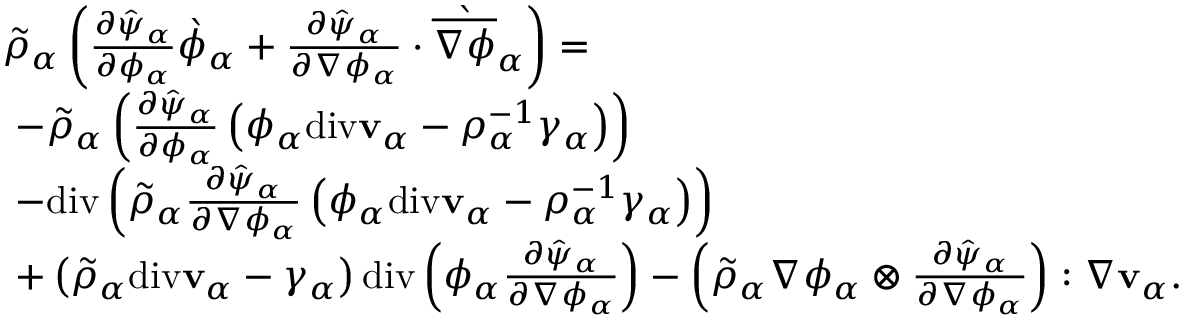
\begin{array} { r l } & { \tilde { \rho } _ { \alpha } \left( \frac { \partial \hat { \psi } _ { \alpha } } { \partial \phi _ { \alpha } } \grave { \phi } _ { \alpha } + \frac { \partial \hat { \psi } _ { \alpha } } { \partial \nabla \phi _ { \alpha } } \cdot \grave { \overline { { \nabla \phi } } } _ { \alpha } \right) = } \\ & { ~ - \tilde { \rho } _ { \alpha } \left( \frac { \partial \hat { \psi } _ { \alpha } } { \partial \phi _ { \alpha } } \left( \phi _ { \alpha } \mathrm { d i v } \mathbf { v } _ { \alpha } - \rho _ { \alpha } ^ { - 1 } \gamma _ { \alpha } \right) \right) } \\ & { ~ - \mathrm { d i v } \left( \tilde { \rho } _ { \alpha } \frac { \partial \hat { \psi } _ { \alpha } } { \partial \nabla \phi _ { \alpha } } \left( \phi _ { \alpha } \mathrm { d i v } \mathbf { v } _ { \alpha } - \rho _ { \alpha } ^ { - 1 } \gamma _ { \alpha } \right) \right) } \\ & { ~ + \left( \tilde { \rho } _ { \alpha } \mathrm { d i v } \mathbf { v } _ { \alpha } - \gamma _ { \alpha } \right) \mathrm { d i v } \left( \phi _ { \alpha } \frac { \partial \hat { \psi } _ { \alpha } } { \partial \nabla \phi _ { \alpha } } \right) - \left( \tilde { \rho } _ { \alpha } \nabla \phi _ { \alpha } \otimes \frac { \partial \hat { \psi } _ { \alpha } } { \partial \nabla \phi _ { \alpha } } \right) : \nabla \mathbf { v } _ { \alpha } . } \end{array}